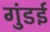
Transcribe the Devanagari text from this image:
गुंडई